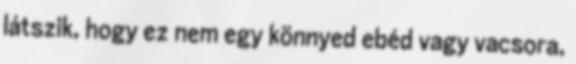
látszik, hogy ez nem egy könnyed ebéd vagy vacsora,